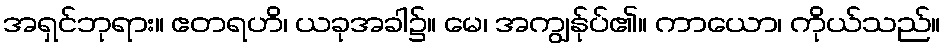
အရှင်ဘုရား။ ဧတရဟိ၊ ယခုအခါ၌။ မေ၊ အကျွန်ုပ်၏။ ကာယော၊ ကိုယ်သည်။